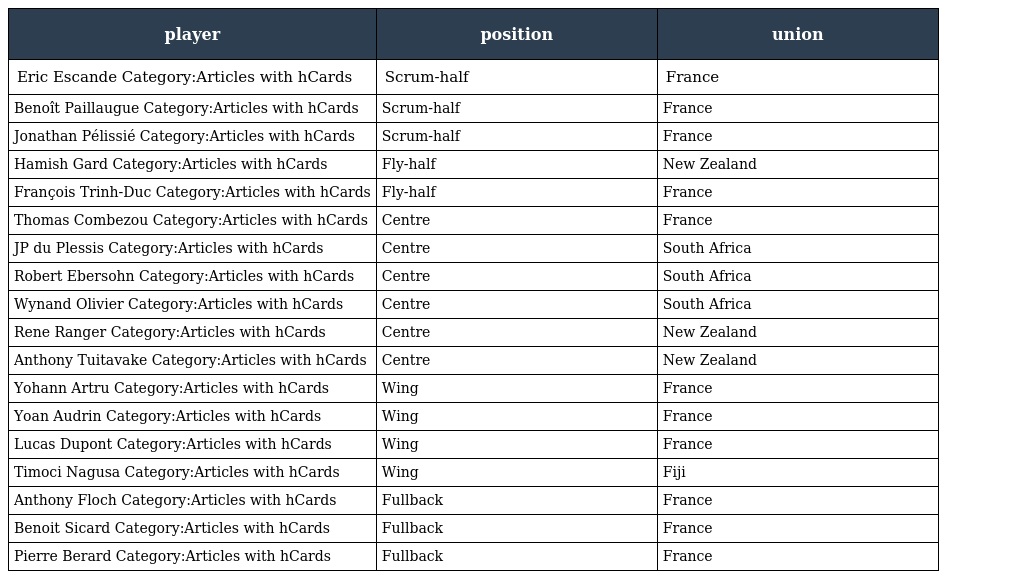
| player | position | union |
 | --- | --- | --- |
 | Eric Escande Category:Articles with hCards | Scrum-half | France |
 | Benoît Paillaugue Category:Articles with hCards | Scrum-half | France |
 | Jonathan Pélissié Category:Articles with hCards | Scrum-half | France |
 | Hamish Gard Category:Articles with hCards | Fly-half | New Zealand |
 | François Trinh-Duc Category:Articles with hCards | Fly-half | France |
 | Thomas Combezou Category:Articles with hCards | Centre | France |
 | JP du Plessis Category:Articles with hCards | Centre | South Africa |
 | Robert Ebersohn Category:Articles with hCards | Centre | South Africa |
 | Wynand Olivier Category:Articles with hCards | Centre | South Africa |
 | Rene Ranger Category:Articles with hCards | Centre | New Zealand |
 | Anthony Tuitavake Category:Articles with hCards | Centre | New Zealand |
 | Yohann Artru Category:Articles with hCards | Wing | France |
 | Yoan Audrin Category:Articles with hCards | Wing | France |
 | Lucas Dupont Category:Articles with hCards | Wing | France |
 | Timoci Nagusa Category:Articles with hCards | Wing | Fiji |
 | Anthony Floch Category:Articles with hCards | Fullback | France |
 | Benoit Sicard Category:Articles with hCards | Fullback | France |
 | Pierre Berard Category:Articles with hCards | Fullback | France |